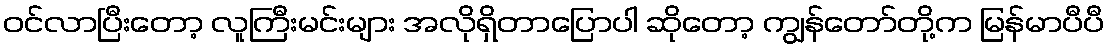
ဝင်လာပြီးတော့ လူကြီးမင်းများ အလိုရှိတာပြောပါ ဆိုတော့ ကျွန်တော်တို့က မြန်မာပီပီ